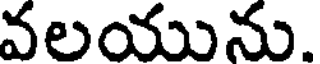
వలయును.